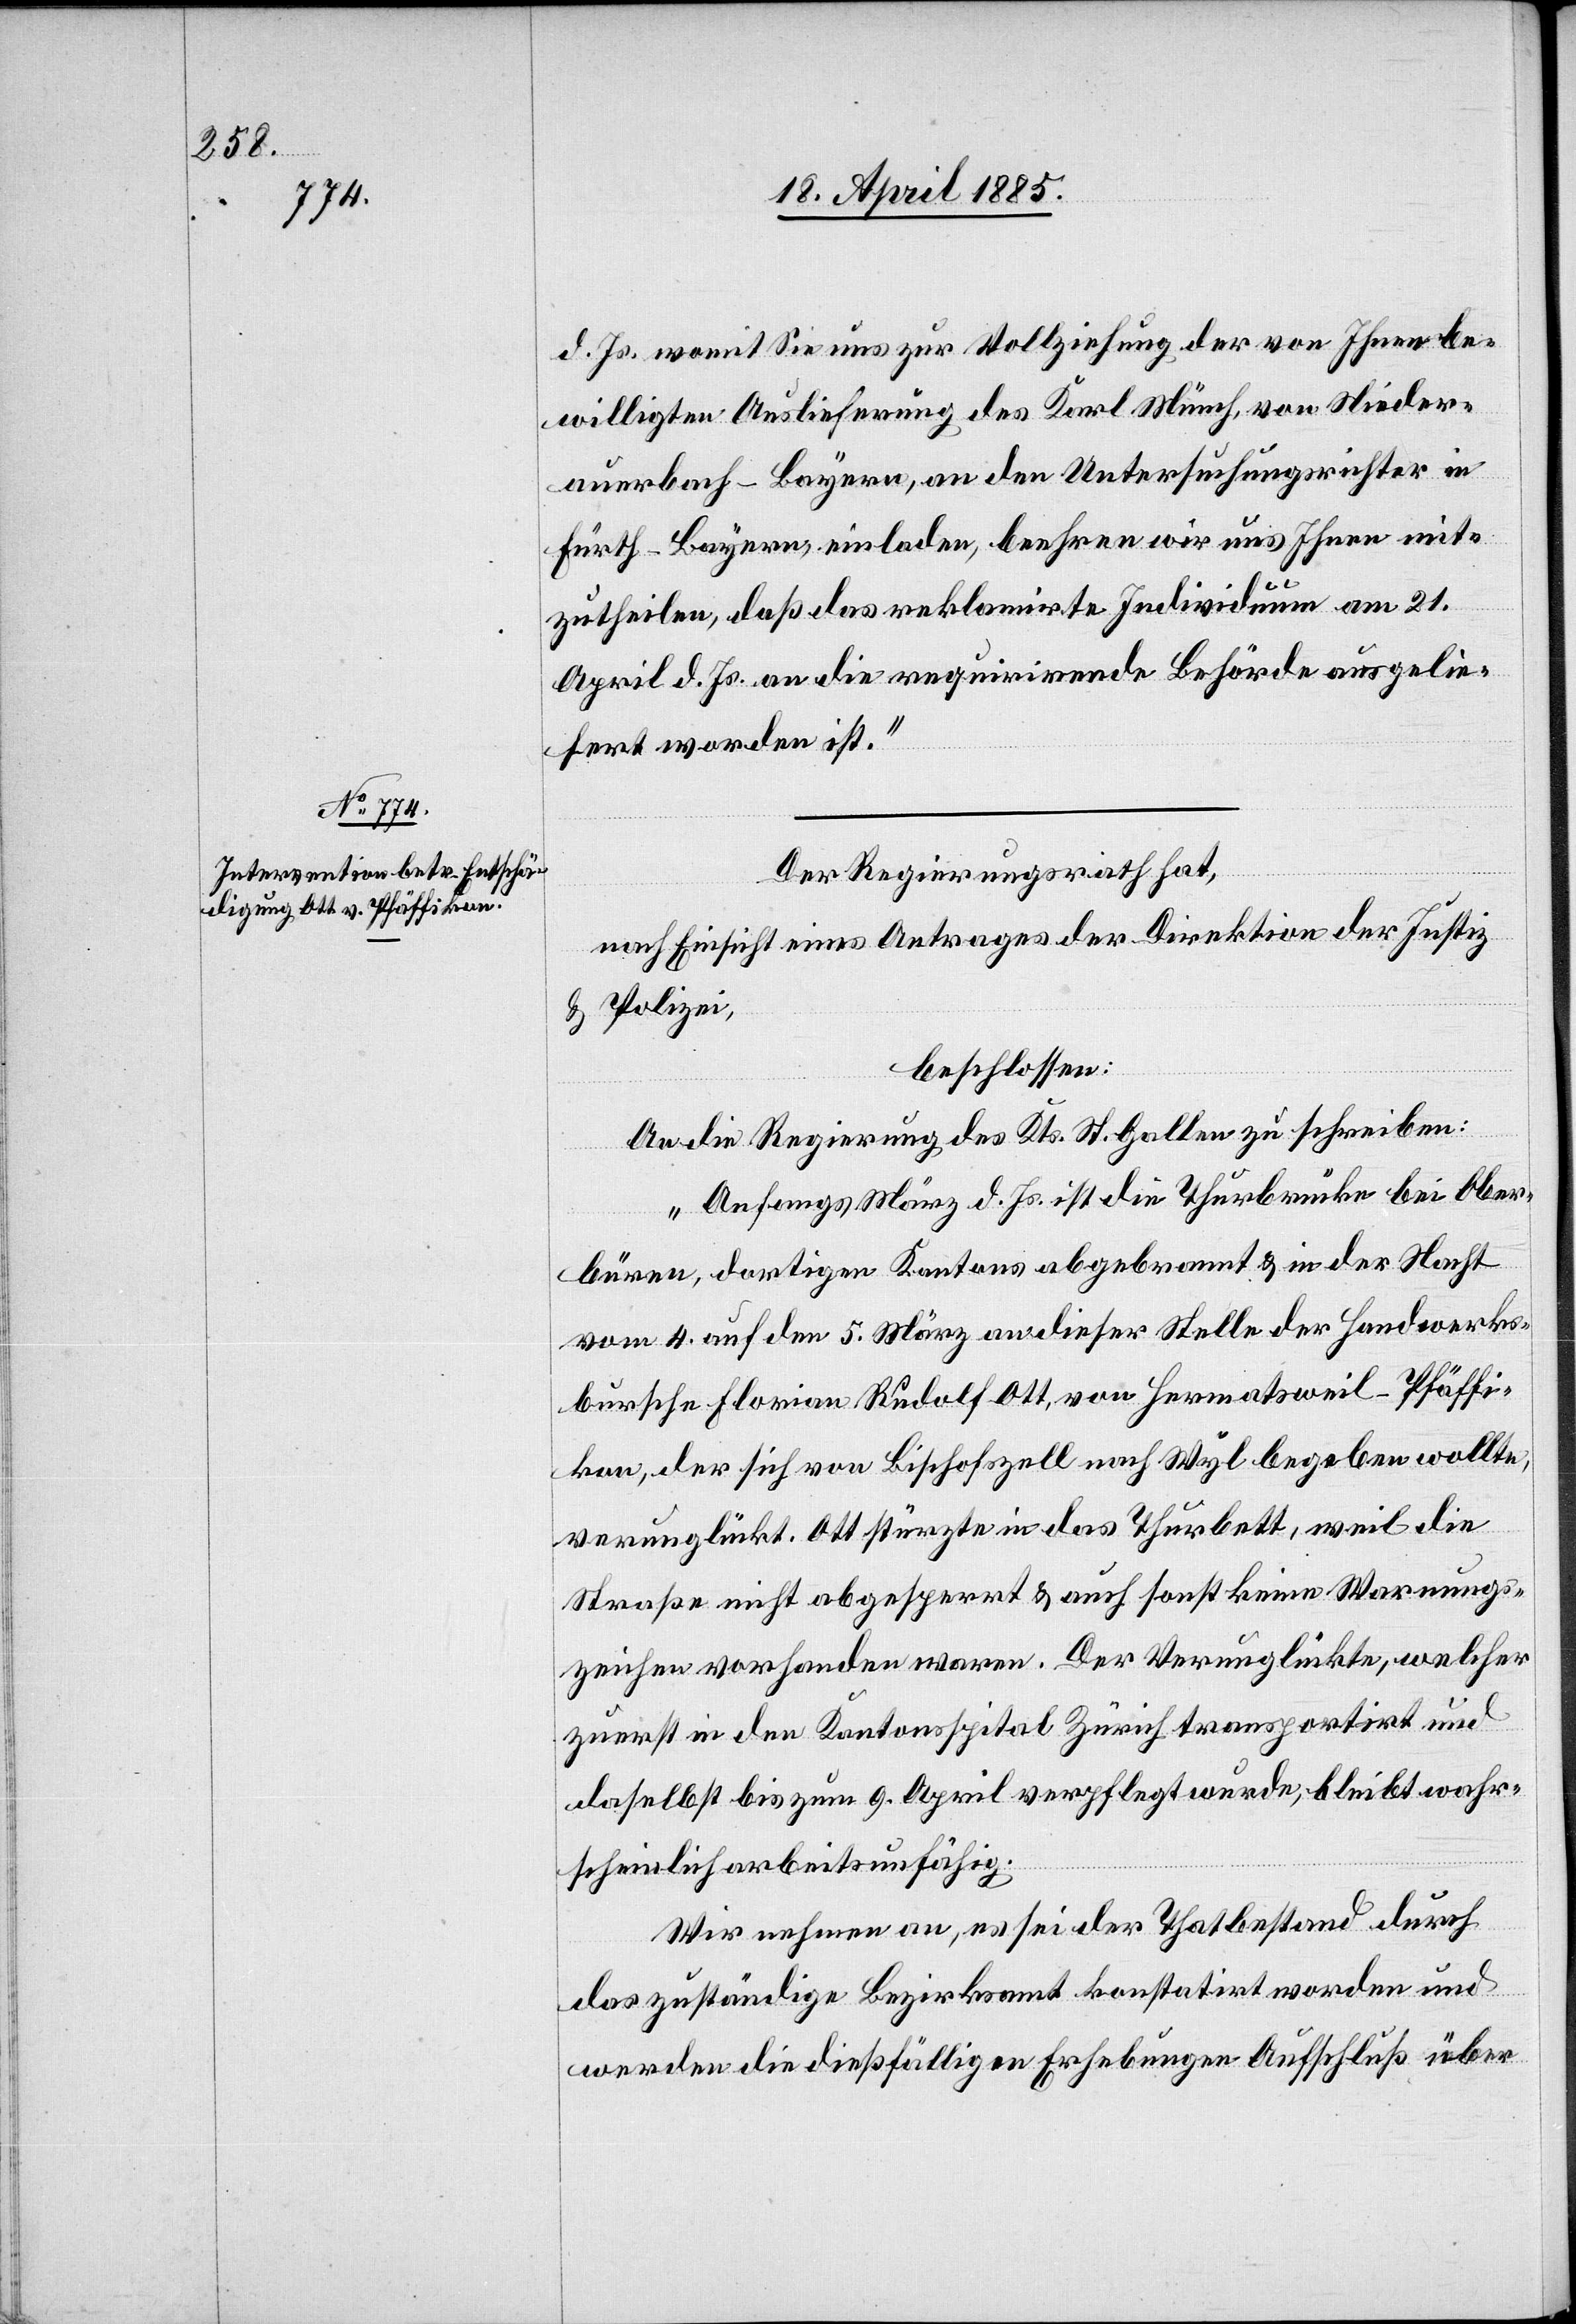
22. April 1885.]
d. Js. womit Sie uns zur Vollziehung der von Ihnen be¬
willigten Auslieferung des Karl Münch, von Nieder¬
auerbach - Bayern, an den Untersuchungsrichter in
Fürth - Bayern, einladen, beehren wir uns Ihnen mit¬
zutheilen, daß das reklamirte Individuum am 21.
April d. Js. an die requirirende Behörde ausgelie¬
fert worden ist.“
Der Regierungsrath hat,
nach Einsicht eines Antrages der Direktion der Justiz
& Polizei,
beschlossen:
An die Regierung des Kts. St. Gallen zu schreiben:
„Anfangs März d. Js. ist die Thurbrücke bei Ober¬
büren, dortigen Kantons abgebrannt & in der Nacht
vom 4. auf den 5. März an dieser Stelle der Handwerks¬
bursche Florian Rudolf Ott, von Hermatsweil - Pfäffi¬
kon, der sich von Bischofszell nach Wyl begeben wollte,
verunglückt. Ott stürze in das Thurbett, weil die
Straße nicht abgesperrt & auch sonst keine Warnungs¬
zeichen vorhanden waren. Der Verunglückte, welcher
zuerst in den Kantonsspital Zürich transportirt und
daselbst bis zum 9. April verpflegt wurde, bleibt wahr¬
scheinlich arbeitsunfähig.
Wir nehmen an, es sei der Thatbestand durch
das zuständige Bezirksamt konstatirt worden und
werden die dießfälligen Erhebungen Aufschluß über